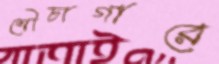
শৌচাগারে